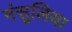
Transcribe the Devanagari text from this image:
मंसुलिया